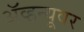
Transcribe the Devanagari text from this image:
ॲव्हन्यूवर